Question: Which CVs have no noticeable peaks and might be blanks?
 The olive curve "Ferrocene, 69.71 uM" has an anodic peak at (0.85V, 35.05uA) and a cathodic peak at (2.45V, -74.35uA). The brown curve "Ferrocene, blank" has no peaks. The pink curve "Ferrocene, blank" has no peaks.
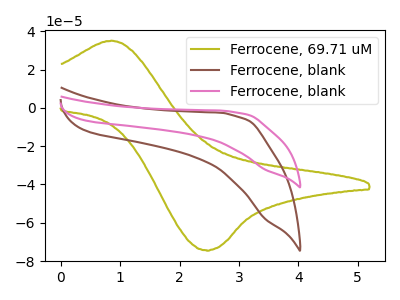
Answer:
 <answer>"Ferrocene, blank" and "Ferrocene, blank" are likely to be blanks.</answer>
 <eval>"Ferrocene, blank", "Ferrocene, blank"</eval>